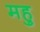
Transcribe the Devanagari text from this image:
महु